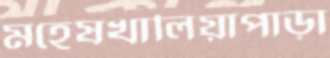
মহেষখালিয়াপাড়া